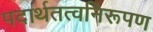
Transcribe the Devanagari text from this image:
पदार्थतत्वनिरूपण